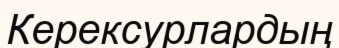
Керексурлардың